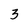
Character: 3